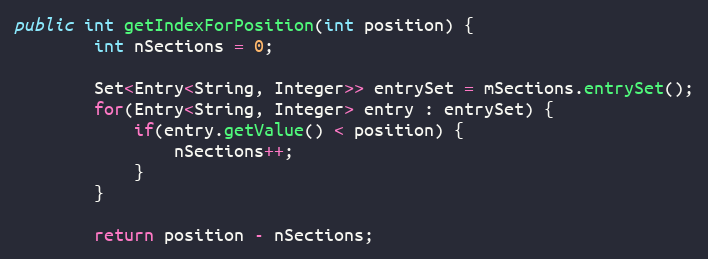
Language: Java
public int getIndexForPosition(int position) {
        int nSections = 0;

        Set<Entry<String, Integer>> entrySet = mSections.entrySet();
        for(Entry<String, Integer> entry : entrySet) {
            if(entry.getValue() < position) {
                nSections++;
            }
        }

        return position - nSections;